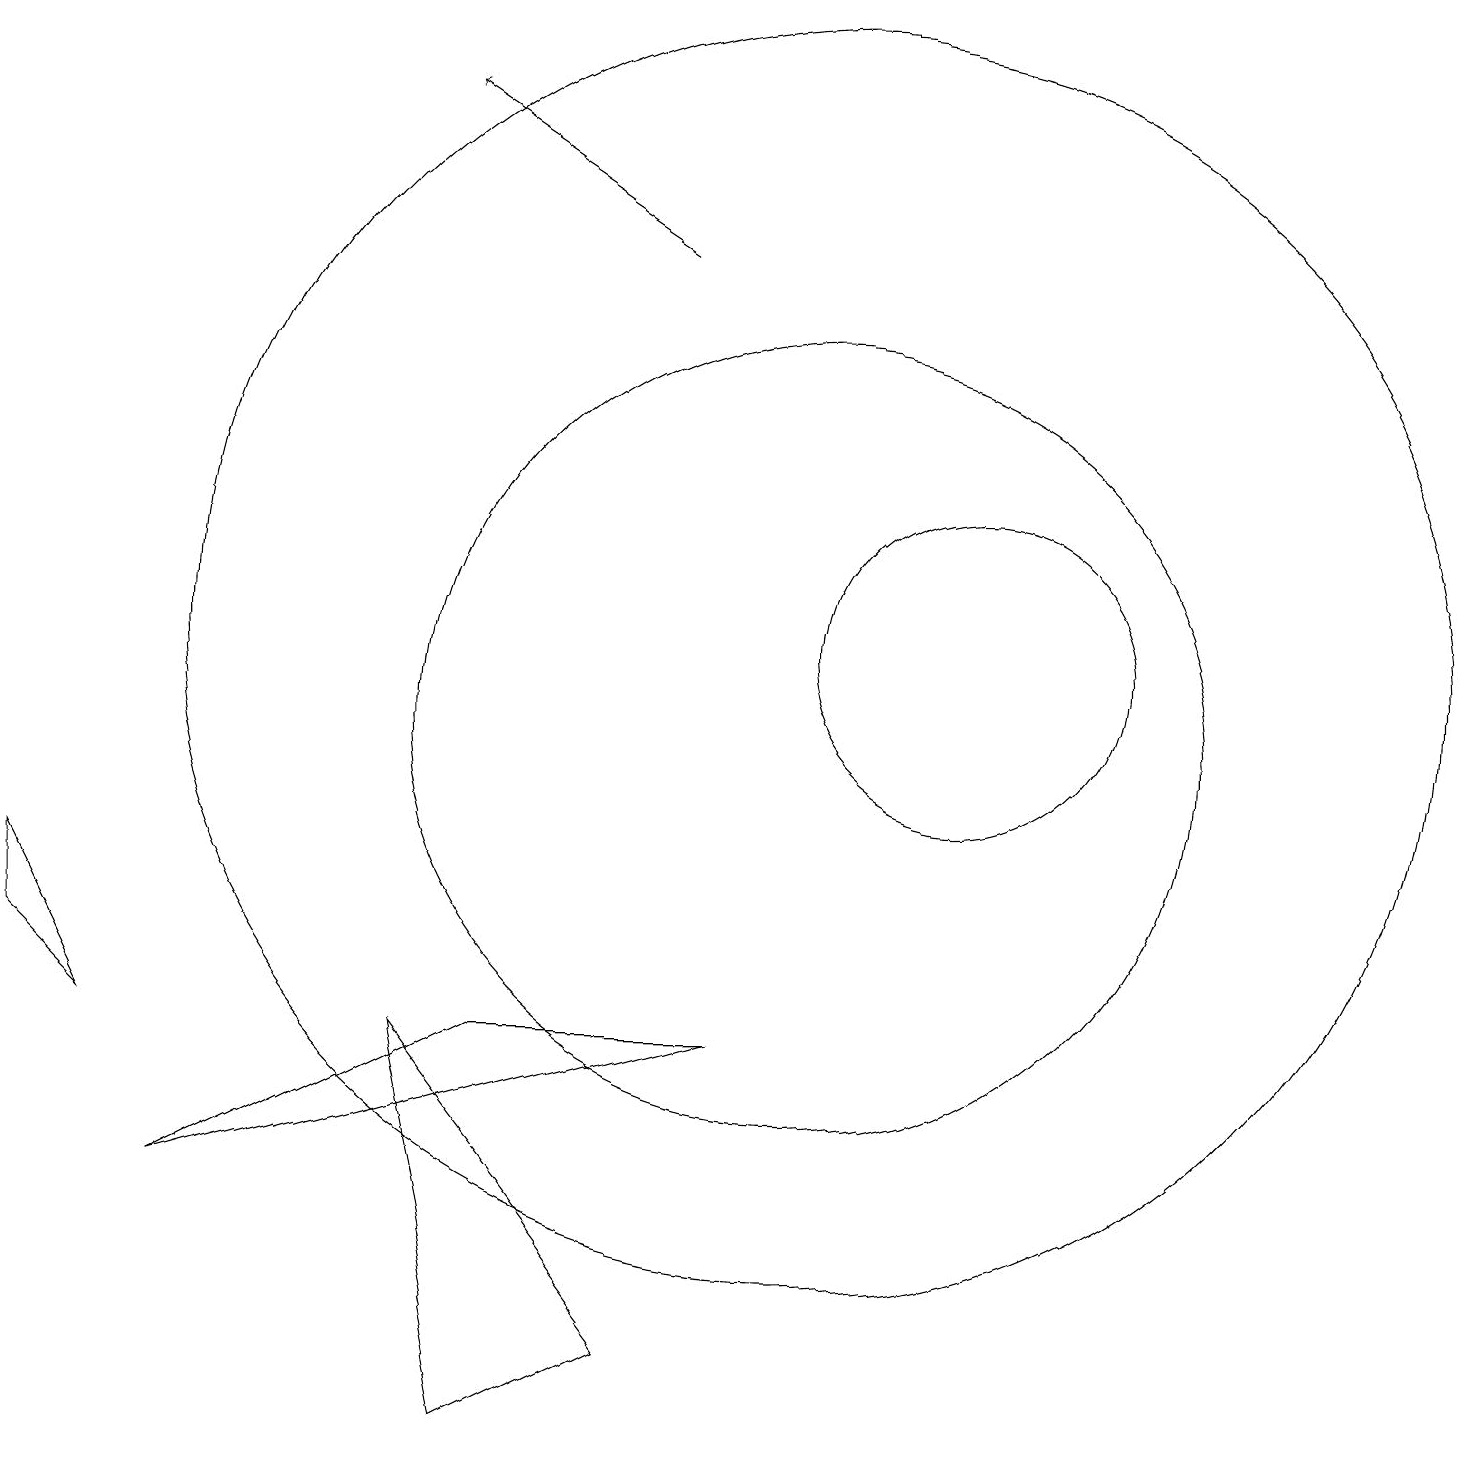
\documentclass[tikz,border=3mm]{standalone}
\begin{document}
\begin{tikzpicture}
\draw[->] (8,16) -- (5,18);
\draw (10,11) circle (8);
\draw (1,6) -- (0,8) -- (0,7) -- cycle;
\draw (2,4) -- (9,6) -- (6,6) -- cycle;
\draw (12,11) circle (2);
\draw (10,10) circle (5);
\draw (6,1) -- (5,6) -- (8,2) -- cycle;
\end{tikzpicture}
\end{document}